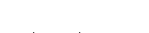
*   *